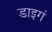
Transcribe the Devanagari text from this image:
डाइगं